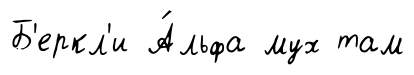
Б'еркл'и А́льфа мух там